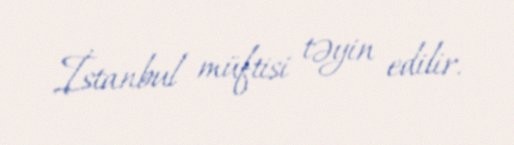
İstanbul müftisi təyin edilir.